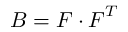
{ \boldsymbol { B } } = { \boldsymbol { F } } \cdot { \boldsymbol { F } } ^ { T }